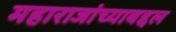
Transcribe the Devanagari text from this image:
महाराजांच्याबद्दल